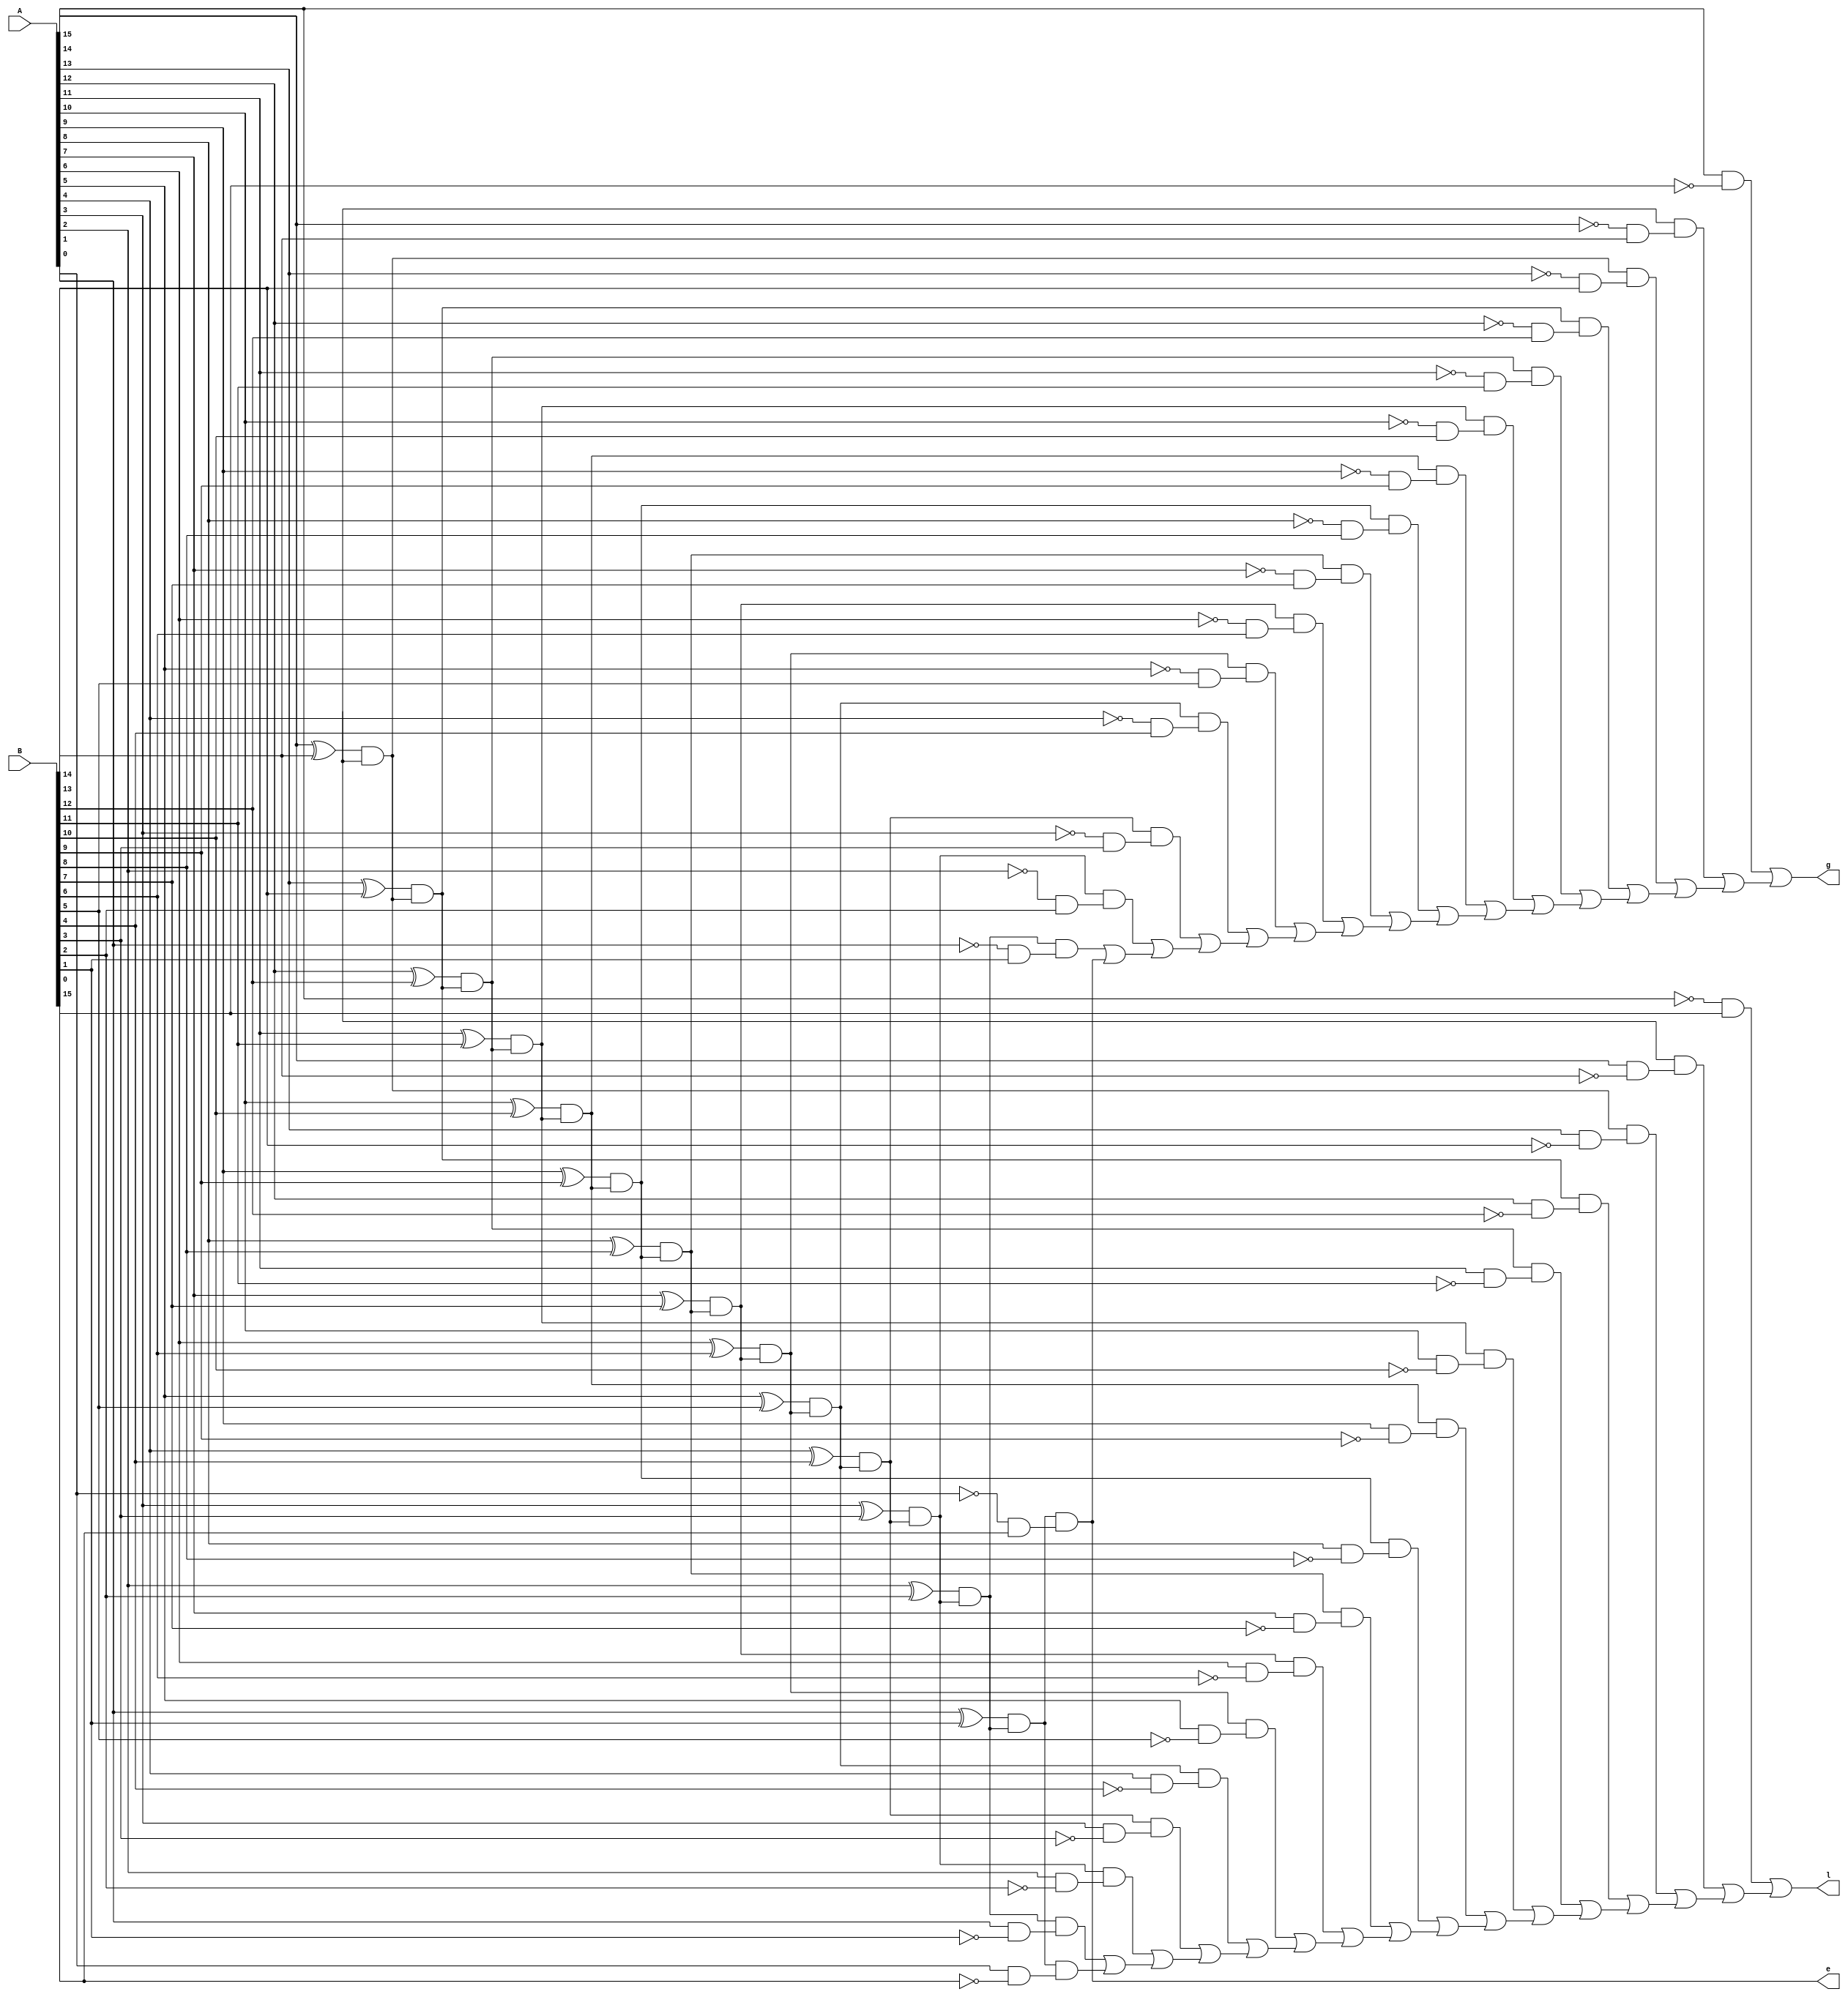
module signed_comparator(
    input [15:0] A,
	 input [15:0] B,
    output g ,
    output l ,
    output e
);


wire x [15:0];
wire exp_less[15:0];
wire and_buffer[16:0];
wire notB[15:0];

wire notA[15:0];

wire or_buffer1[16:0];
wire buffer1[16:0];
wire exp1[16:0];

wire or_buffer2[16:0];
wire buffer2[16:0];
wire exp2[16:0];


// Wires for all the xor gates:
xor  x1(x[ 0], A[ 0], B[ 0] ); // x1
xor  x2(x[ 1], A[ 1], B[ 1] ); // x2
xor  x3(x[ 2], A[ 2], B[ 2] ); // x3
xor  x4(x[ 3], A[ 3], B[ 3] ); // x4
xor  x5(x[ 4], A[ 4], B[ 4] ); // x5
xor  x6(x[ 5], A[ 5], B[ 5] ); // x6
xor  x7(x[ 6], A[ 6], B[ 6] ); // x7
xor  x8(x[ 7], A[ 7], B[ 7] ); // x8
xor  x9(x[ 8], A[ 8], B[ 8] ); // x9
xor x10(x[ 9], A[ 9], B[ 9] ); // x10
xor x11(x[10], A[10], B[10] ); // x11
xor x12(x[11], A[11], B[11] ); // x12
xor x13(x[12], A[12], B[12] ); // x13
xor x14(x[13], A[13], B[13] ); // x14
xor x15(x[14], A[14], B[14] ); // x15


// wires to store each statement to be used in the A > B statement :


not  notB0( notB[ 0], B[ 0] ); // notB0
not  notB1( notB[ 1], B[ 1] ); // notB1
not  notB2( notB[ 2], B[ 2] ); // notB2 
not  notB3( notB[ 3], B[ 3] ); // notB3
not  notB4( notB[ 4], B[ 4] ); // notB4
not  notB5( notB[ 5], B[ 5] ); // notB5
not  notB6( notB[ 6], B[ 6] ); // notB6
not  notB7( notB[ 7], B[ 7] ); // notB7
not  notB8( notB[ 8], B[ 8] ); // notB8
not  notB9( notB[ 9], B[ 9] ); // notB9
not notB10( notB[10], B[10] ); // notB10
not notB11( notB[11], B[11] ); // notB11
not notB12( notB[12], B[12] ); // notB12
not notB13( notB[13], B[13] ); // notB13
not notB14( notB[14], B[14] ); // notB14
not notB15( notB[15], B[15] ); // notB15



not  notA0 ( notA[ 0] , A[ 0] ); // notA0
not  notA1 ( notA[ 1] , A[ 1] ); // notA1
not  notA2 ( notA[ 2] , A[ 2] ); // notA2
not  notA3 ( notA[ 3] , A[ 3] ); // notA3
not  notA4 ( notA[ 4] , A[ 4] ); // notA4
not  notA5 ( notA[ 5] , A[ 5] ); // notA5
not  notA6 ( notA[ 6] , A[ 6] ); // notA6
not  notA7 ( notA[ 7] , A[ 7] ); // notA7
not  notA8 ( notA[ 8] , A[ 8] ); // notA8
not  notA9 ( notA[ 9] , A[ 9] ); // notA9
not notA10 ( notA[10] , A[10] ); // notA10
not notA11 ( notA[11] , A[11] ); // notA11
not notA12 ( notA[12] , A[12] ); // notA12
not notA13 ( notA[13] , A[13] ); // notA13
not notA14 ( notA[14] , A[14] ); // notA14
not notA15 ( notA[15] , A[15] ); // notA15

and and1 (and_buffer[ 1], x[15], 1'b1);              // x15
and and2 (and_buffer[ 2], x[14], and_buffer[ 1]); // x15.x14
and and3 (and_buffer[ 3], x[13], and_buffer[ 2]); // x15.x14.x13
and and4 (and_buffer[ 4], x[12], and_buffer[ 3]); // x15.x14.x13.x12
and and5 (and_buffer[ 5], x[11], and_buffer[ 4]); // x15.x14.x13.x12.x11
and and6 (and_buffer[ 6], x[10], and_buffer[ 5]); // x15.x14.x13.x12.x11.x10
and and7 (and_buffer[ 7], x[ 9], and_buffer[ 6]); // .
and and8 (and_buffer[ 8], x[ 8], and_buffer[ 7]); // .
and and9 (and_buffer[ 9], x[ 7], and_buffer[ 8]); // .
and and10(and_buffer[10], x[ 6], and_buffer[ 9]);
and and11(and_buffer[11], x[ 5], and_buffer[10]);
and and12(and_buffer[12], x[ 4], and_buffer[11]);
and and13(and_buffer[13], x[ 3], and_buffer[12]); // .
and and14(and_buffer[14], x[ 2], and_buffer[13]); // . 
and and15(and_buffer[15], x[ 1], and_buffer[14]); // .
and and16(and_buffer[16], x[ 0], and_buffer[15]); // x15.x14.x13.x12.x11.x10.x9.x8.x7.x6.x5.x4.x3.x2.x1


// All the statments are being or'd : 
and and0(exp1[0], A[15], notB[15]); // A[15].B[15]'

and and17(buffer1[0], notA[14], B[14]); // A[14]'.B[14]
and and18(exp1[1], x[15], buffer1[0]); // A[14]'.B[14] .x15

and and19(buffer1[1], notA[13], B[13]); // A[13]'.B[13]
and and20(exp1[2], and_buffer[2], buffer1[1]); // A[13]'.B[13] .x15.x14

and and21(buffer1[2], notA[12], B[12]); // A[13]'.B[13]
and and22(exp1[3], and_buffer[3], buffer1[2]); // A[13]'.B[13] .x15.x14.x13

and and23(buffer1[3], notA[11], B[11]); // A[11]'.B[11]
and and24(exp1[4], and_buffer[4], buffer1[3]); // A[11]'.B[11] .x15.x14.x13.x12

and and25(buffer1[4], notA[10], B[10]); // A[10]'.B[10]
and and26(exp1[5], and_buffer[5], buffer1[4]); // A[10]'.B[10] .x15.x14.x13.x12.x11

and and27(buffer1[5], notA[9], B[9]); // A[9]'.B[9]
and and28(exp1[6], and_buffer[6], buffer1[5]); // A[9]'.B[9] .x15.x14.x13.x12.x11.x10

and and29(buffer1[6], notA[8], B[8]); // A[8]'.B[8]
and and30(exp1[7], and_buffer[7], buffer1[6]); // A[8]'.B[8] .x15.x14.x13.x12.x11.x10.x9

and and31(buffer1[7], notA[7], B[7]); // A[7]'.B[7]
and and32(exp1[8], and_buffer[8], buffer1[7]); // A[7]'.B[7] .x15.x14.x13.x12.x11.x10.x9.x8

and and33(buffer1[8], notA[6], B[6]); // A[6]'.B[6]
and and34(exp1[9], and_buffer[9], buffer1[8]); // A[6]'.B[6] .x15.x14.x13.x12.x11.x10.x9.x8.x7

and and35(buffer1[9], notA[5], B[5]); // A[5]'.B[5]
and and36(exp1[10], and_buffer[10], buffer1[9]); // A[5]'.B[5] .x15.x14.x13.x12.x11.x10.x9.x8.x7.x6

and and37(buffer1[10], notA[4], B[4]); // A[4]'.B[4]
and and38(exp1[11], and_buffer[11], buffer1[10]); // A[4]'.B[4] .x15.x14.x13.x12.x11.x10.x9.x8.x7.x6.x5

and and39(buffer1[11], notA[3], B[3]); // A[3]'.B[3]
and and40(exp1[12], and_buffer[12], buffer1[11]); // A[3]'.B[3] .x15.x14.x13.x12.x11.x10.x9.x8.x7.x6.x5.x4

and and41(buffer1[12], notA[2], B[2]); // A[2]'.B[2]
and and42(exp1[13], and_buffer[13], buffer1[12]); // A[2]'.B[2] .x15.x14.x13.x12.x11.x10.x9.x8.x7.x6.x5.x4.x3

and and43(buffer1[13], notA[1], B[1]); // A[1]'.B[1]
and and44(exp1[14], and_buffer[14], buffer1[13]); // A[1]'.B[1] .x15.x14.x13.x12.x11.x10.x9.x8.x7.x6.x5.x4.x3.x2

and and45(buffer1[14], notA[0], B[0]); // A[ 0]'.B[ 0]
and and46(exp1[15], and_buffer[15], buffer1[14]); // A[ 0]'.B[ 0] .x15.x14.x13.x12.x11.x10.x9.x8.x7.x6.x5.x4.x3.x2.x1

or or_buffer1_16(or_buffer1[16], exp1[15], 1'b0); // exp1[15]
or or_buffer1_15(or_buffer1[15], exp1[14], or_buffer1[16]); // exp1[15] + exp1[14]
or or_buffer1_14(or_buffer1[14], exp1[13], or_buffer1[15]); // exp1[15] + exp1[14] + exp1[13]
or or_buffer1_13(or_buffer1[13], exp1[12], or_buffer1[14]); // exp1[15] + exp1[14] + exp1[13] + exp1[12]
or or_buffer1_12(or_buffer1[12], exp1[11], or_buffer1[13]);
or or_buffer1_11(or_buffer1[11], exp1[10], or_buffer1[12]);
or or_buffer1_10(or_buffer1[10], exp1[ 9], or_buffer1[11]);
or or_buffer1_9(or_buffer1[ 9], exp1[ 8], or_buffer1[10]);
or or_buffer1_8(or_buffer1[ 8], exp1[ 7], or_buffer1[ 9]);
or or_buffer1_7(or_buffer1[ 7], exp1[ 6], or_buffer1[ 8]);
or or_buffer1_6(or_buffer1[ 6], exp1[ 5], or_buffer1[ 7]);
or or_buffer1_5(or_buffer1[ 5], exp1[ 4], or_buffer1[ 6]);
or or_buffer1_4(or_buffer1[ 4], exp1[ 3], or_buffer1[ 5]);
or or_buffer1_3(or_buffer1[ 3], exp1[ 2], or_buffer1[ 4]);
or or_buffer1_2(or_buffer1[ 2], exp1[ 1], or_buffer1[ 3]);
or or_buffer1_1(or_buffer1[ 1], exp1[ 0], or_buffer1[ 2]); // 




// All the statments are being or'd :

and and00(exp2[0], notA[15], B[15]); // A[15]'.B[15]

and andd17(buffer2[0], A[14], notB[14]); // A[14].B[14]'
and andd18(exp2[1], x[15], buffer2[0]); // A[14].B[14] .x15

and andd19(buffer2[1], A[13], notB[13]); // A[13].B[13]'
and andd20(exp2[2], and_buffer[2], buffer2[1]); // A[13].B[13] .x15.x14

and andd21(buffer2[2], A[12], notB[12]); // A[13].B[13]'
and andd22(exp2[3], and_buffer[3], buffer2[2]); // A[13].B[13] .x15.x14.x13

and andd23(buffer2[3], A[11], notB[11]); // A[11].B[11]'
and andd24(exp2[4], and_buffer[4], buffer2[3]); // A[11].B[11] .x15.x14.x13.x12

and andd25(buffer2[4], A[10], notB[10]); // A[10].B[10]'
and andd26(exp2[5], and_buffer[5], buffer2[4]); // A[10].B[10] .x15.x14.x13.x12.x11

and andd27(buffer2[5], A[ 9], notB[ 9]); // A[ 9].B[ 9]'
and andd28(exp2[6], and_buffer[6], buffer2[5]); // A[ 9].B[ 9] .x15.x14.x13.x12.x11.x10

and andd29(buffer2[6], A[ 8], notB[ 8]); // A[ 8].B[ 8]'
and andd30(exp2[7], and_buffer[7], buffer2[6]); // A[ 8].B[ 8] .x15.x14.x13.x12.x11.x10.x9

and andd31(buffer2[7], A[ 7], notB[ 7]); // A[ 7].B[ 7]'
and andd32(exp2[8], and_buffer[8], buffer2[7]); // A[ 7].B[ 7] .x15.x14.x13.x12.x11.x10.x9.x8

and andd33(buffer2[8], A[ 6], notB[ 6]); // A[ 6].B[ 6]'
and andd34(exp2[9], and_buffer[9], buffer2[8]); // A[ 6].B[ 6] .x15.x14.x13.x12.x11.x10.x9.x8.x7

and andd35(buffer2[9], A[ 5], notB[ 5]); // A[ 5].B[ 5]'
and andd36(exp2[10], and_buffer[10], buffer2[9]); // A[ 5].B[ 5] .x15.x14.x13.x12.x11.x10.x9.x8.x7.x6

and andd37(buffer2[10], A[ 4], notB[ 4]); // A[ 4].B[ 4]'
and andd38(exp2[11], and_buffer[11], buffer2[10]); // A[ 4].B[ 4] .x15.x14.x13.x12.x11.x10.x9.x8.x7.x6.x5

and andd39(buffer2[11], A[ 3], notB[ 3]); // A[ 3].B[ 3]'
and andd40(exp2[12], and_buffer[12], buffer2[11]); // A[ 3].B[ 3] .x15.x14.x13.x12.x11.x10.x9.x8.x7.x6.x5.x4

and andd41(buffer2[12], A[ 2], notB[ 2]); // A[ 2].B[ 2]'
and andd42(exp2[13], and_buffer[13], buffer2[12]); // A[ 2].B[ 2] .x15.x14.x13.x12.x11.x10.x9.x8.x7.x6.x5.x4.x3

and andd43(buffer2[13], A[ 1], notB[ 1]); // A[ 1].B[ 1]'
and andd44(exp2[14], and_buffer[14], buffer2[13]); // A[ 1].B[ 1] .x15.x14.x13.x12.x11.x10.x9.x8.x7.x6.x5.x4.x3.x2

and andd45(buffer2[14], A[ 0], notB[ 0]); // A[ 0].B[ 0]'
and andd46(exp2[15], and_buffer[15], buffer2[14]); // A[ 0].B[ 0] .x15.x14.x13.x12.x11.x10.x9.x8.x7.x6.x5.x4.x3.x2.x1

or or_buffer2_16(or_buffer2[16], exp2[15], 1'b0); // exp2[15]
or or_buffer2_15(or_buffer2[15], exp2[14], or_buffer2[16]); // exp2[15] + exp2[14]
or or_buffer2_14(or_buffer2[14], exp2[13], or_buffer2[15]); // exp2[15] + exp2[14] + exp2[13]
or or_buffer2_13(or_buffer2[13], exp2[12], or_buffer2[14]); // exp2[15] + exp2[14] + exp2[13] + exp2[12]
or or_buffer2_12(or_buffer2[12], exp2[11], or_buffer2[13]);
or or_buffer2_11(or_buffer2[11], exp2[10], or_buffer2[12]);
or or_buffer2_10(or_buffer2[10], exp2[ 9], or_buffer2[11]);
or or_buffer2_9(or_buffer2[ 9], exp2[ 8], or_buffer2[10]);
or or_buffer2_8(or_buffer2[ 8], exp2[ 7], or_buffer2[ 9]);
or or_buffer2_7(or_buffer2[ 7], exp2[ 6], or_buffer2[ 8]);
or or_buffer2_6(or_buffer2[ 6], exp2[ 5], or_buffer2[ 7]);
or or_buffer2_5(or_buffer2[ 5], exp2[ 4], or_buffer2[ 6]);
or or_buffer2_4(or_buffer2[ 4], exp2[ 3], or_buffer2[ 5]);
or or_buffer2_3(or_buffer2[ 3], exp2[ 2], or_buffer2[ 4]);
or or_buffer2_2(or_buffer2[ 2], exp2[ 1], or_buffer2[ 3]);
or or_buffer2_1(or_buffer2[ 1], exp2[ 0], or_buffer2[ 2]);

and buf1(g, or_buffer1[1],1'b1);
and buf2(l, or_buffer2[1],1'b1);
and buf3(e, or_buffer1[16],1'b1);

endmodule